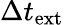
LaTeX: \Delta t_{\mathrm{ext}}